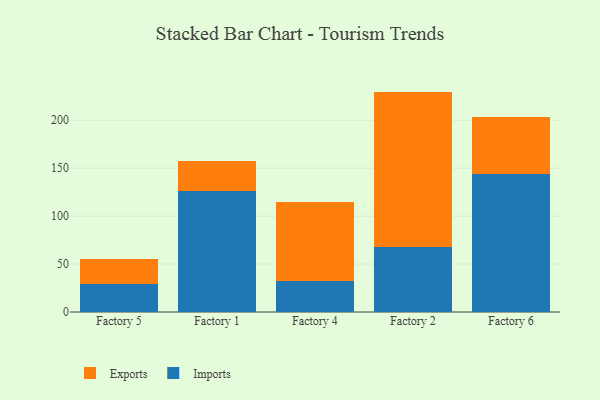
{"axis": {"x": "Factory", "y": "Demand Index"}, "legend": ["Exports", "Imports"], "data": [{"x": "Factory 5", "y": 29.4, "type": "Imports"}, {"x": "Factory 5", "y": 26.3, "type": "Exports"}, {"x": "Factory 1", "y": 126.5, "type": "Imports"}, {"x": "Factory 1", "y": 30.5, "type": "Exports"}, {"x": "Factory 4", "y": 32.0, "type": "Imports"}, {"x": "Factory 4", "y": 82.6, "type": "Exports"}, {"x": "Factory 2", "y": 67.4, "type": "Imports"}, {"x": "Factory 2", "y": 162.5, "type": "Exports"}, {"x": "Factory 6", "y": 144.4, "type": "Imports"}, {"x": "Factory 6", "y": 58.5, "type": "Exports"}]}